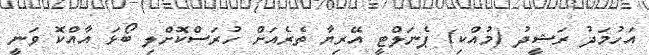
އަހުމަދު ރަޝީދު (މުއްކި) ޕެނަލްޓީ އޭރިޔާ ތެރެއަށް ހުރަސްކޮށްލި ބޯޅަ އާއްކޮ ވަނީ